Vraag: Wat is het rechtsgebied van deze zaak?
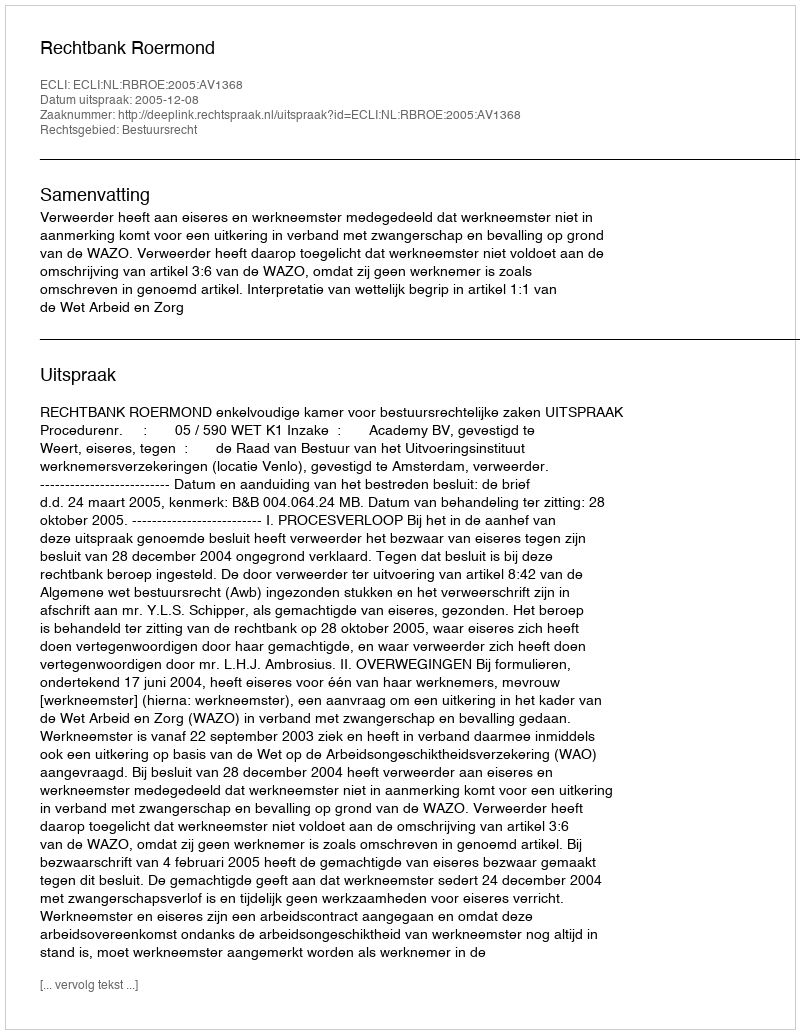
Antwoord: Bestuursrecht